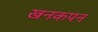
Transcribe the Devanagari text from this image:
खनकपन